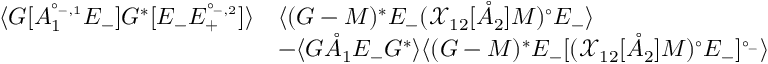
\begin{array} { r l } { \langle G [ A _ { 1 } ^ { \circ _ { - , 1 } } E _ { - } ] G ^ { * } [ E _ { - } { E } _ { + } ^ { \circ _ { - , 2 } } ] \rangle } & { \langle ( G - M ) ^ { * } E _ { - } ( { \mathcal { X } } _ { 1 2 } [ \mathring { A } _ { 2 } ] M ) ^ { \circ } E _ { - } \rangle } \\ & { - \langle G \mathring { A } _ { 1 } E _ { - } G ^ { * } \rangle \langle ( G - M ) ^ { * } E _ { - } [ ( { \mathcal { X } } _ { 1 2 } [ \mathring { A } _ { 2 } ] M ) ^ { \circ } E _ { - } ] ^ { \circ _ { - } } \rangle } \end{array}